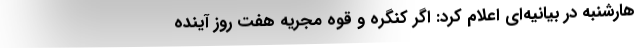
هارشنبه در بیانیه‌ای اعلام کرد: اگر کنگره و قوه مجریه هفت روز آینده